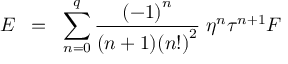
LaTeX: E \; \; = \; \; \sum _ { n = 0 } ^ { q } { \frac { { ( - 1 ) } ^ { n } } { ( n + 1 ) { ( n ! ) } ^ { 2 } } } \; \eta ^ { n } \tau ^ { n + 1 } F